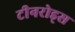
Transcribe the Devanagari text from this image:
टीनरोड्स